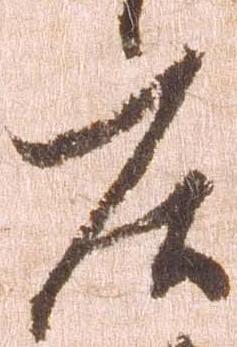
庄